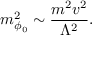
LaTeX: m _ { \phi _ { 0 } } ^ { 2 } \sim { \frac { m ^ { 2 } v ^ { 2 } } { \Lambda ^ { 2 } } } .